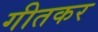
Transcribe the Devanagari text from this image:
गीतकर